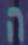
ה